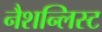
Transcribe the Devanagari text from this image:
नैशन्लिस्ट